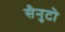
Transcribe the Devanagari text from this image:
सैनुटो